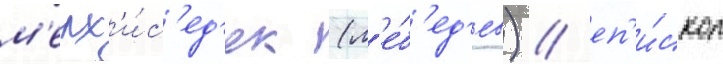
м'елх'и́с'ед'ек (л'е́б'ед'ев) / еп'и́скоп